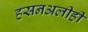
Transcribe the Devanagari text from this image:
हसनअलीही